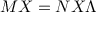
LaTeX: M X = N X \Lambda